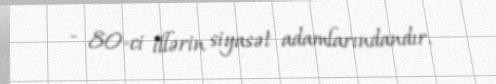
- 80-ci illərin siyasət adamlarındandır.